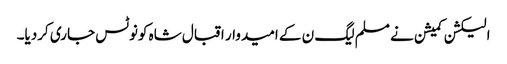
الیکشن کمیشن نے مسلم لیگ ن کے امیدوار اقبال شاہ کونوٹس جاری کردیا۔